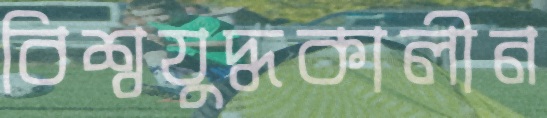
বিশ্বযুদ্ধকালীন